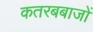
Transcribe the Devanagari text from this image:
कतरबबाजों